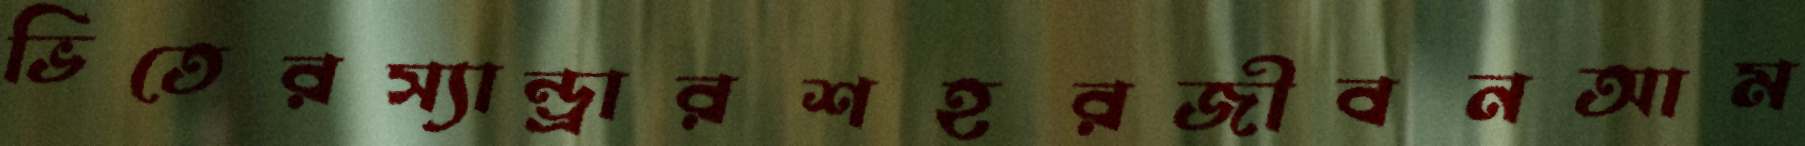
ভিতেরস্যান্ড্রারশহরজীবনআম